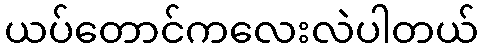
ယပ်တောင်ကလေးလဲပါတယ်